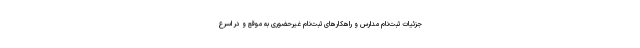
جزئیات ثبت‌نام مدارس و راهکارهای ثبت‌نام غیرحضوری به موقع و در اسرع